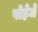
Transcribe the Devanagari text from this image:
पोहेर्जे